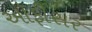
અૉફીસર